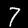
Label: 7